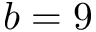
b = 9